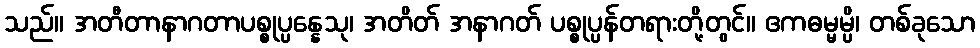
သည်။ အတီတာနာဂတာပစ္စုပ္ပန္နေသု၊ အတိတ် အနာဂတ် ပစ္စုပ္ပန်တရားတို့တွင်။ ဧကဓမ္မမ္ပိ၊ တစ်ခုသော